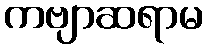
ကဗျာဆရာမ